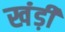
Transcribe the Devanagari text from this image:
खंड़ी